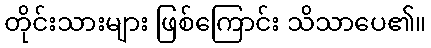
တိုင်းသားများ ဖြစ်ကြောင်း သိသာပေ၏။